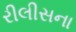
રીલીસના